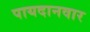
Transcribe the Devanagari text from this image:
पायदानवार